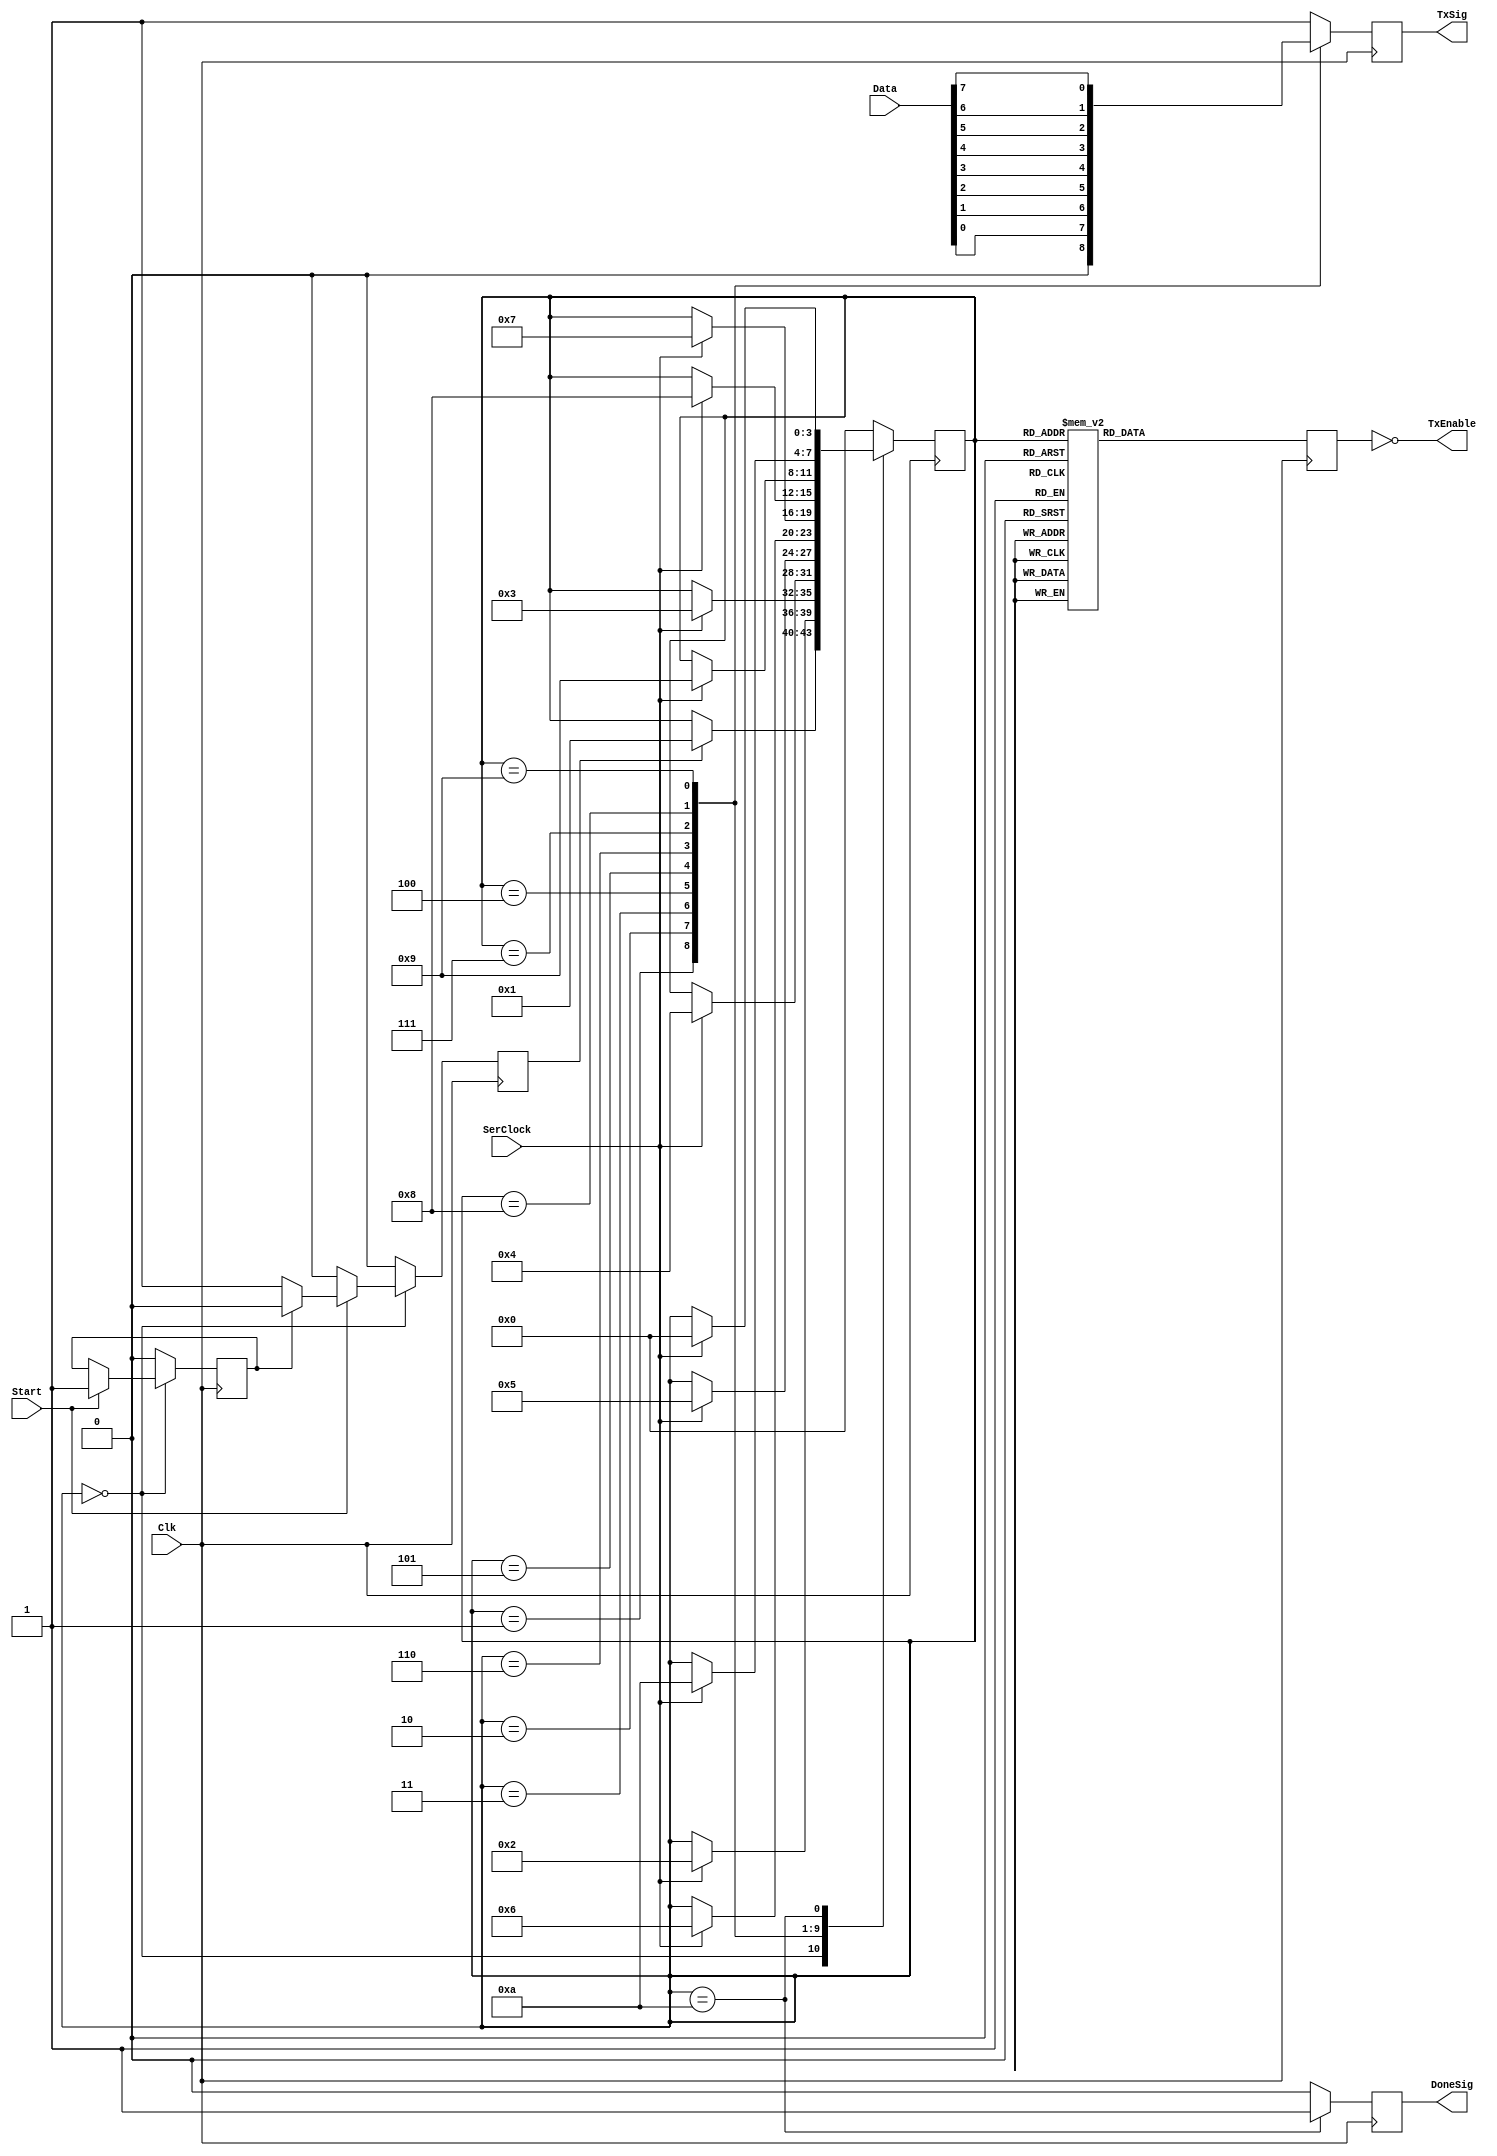
//Transmitter Module
module TxUart(Clk, SerClock, Start, Data, TxSig, TxEnable, DoneSig);

input Clk, SerClock, Start;
input [7:0]Data;

output TxSig;
output TxEnable;
output DoneSig;

reg Tx;
reg TxEnabler;
wire TxEnabling;
assign TxSig = Tx;
assign TxEnable = TxEnabling;
assign TxEnabling = ~TxEnabler;

reg Done;
assign DoneSig = Done;

reg [3:0]state;

reg Starter;
reg StarterDone;

//Ensure start signal is captured and not re-used



always @ (posedge Clk)
begin
	
	if (state == 4'b0000)
	begin
		if (Start == 1)
		begin
			if (StarterDone == 0)
			begin
				StarterDone <= 1;
				Starter <= 1;
			end
			else
				Starter <= 0;
		end
		else
		Starter <= 0;
	end
	
	else
	begin
		StarterDone <= 0;
		Starter <= 0;
	end
	

end

//FSM State Transition
always @ (posedge Clk)
begin

case (state)

	4'b0000: if (Starter) state <= 4'b0001; 		//Idle
	4'b0001: if (SerClock) state <= 4'b0010;	//Start Bit
	4'b0010: if (SerClock) state <= 4'b0011;	//Bit 1
	4'b0011: if (SerClock) state <= 4'b0100;	//Bit 2
	4'b0100: if (SerClock) state <= 4'b0101;	//Bit 3
	4'b0101: if (SerClock) state <= 4'b0110;	//Bit 4
	4'b0110: if (SerClock) state <= 4'b0111;	//Bit 5
	4'b0111: if (SerClock) state <= 4'b1000;	//Bit 6
	4'b1000: if (SerClock) state <= 4'b1001;	//Bit 7
	4'b1001: if (SerClock) state <= 4'b1010;	//Bit 8
	4'b1010: if (SerClock) state <= 4'b0000;	//Stop Bit
	
	default: state <= 4'b0000;
	
endcase

end


//FSM State Functionality
//Tx Assertions
always @ (posedge Clk)
begin

case (state)
	
	4'b0000: Tx <= 1; //Idle
	4'b0001: Tx <= 0;	//Start Bit //STR 0 0 1 1 0 0 1 0 1
	4'b0010: Tx <= Data[0];	//Bit 1
	4'b0011: Tx <= Data[1];	//Bit 2
	4'b0100: Tx <= Data[2];	//Bit 3
	4'b0101: Tx <= Data[3];	//Bit 4
	4'b0110: Tx <= Data[4];	//Bit 5
	4'b0111: Tx <= Data[5];	//Bit 6
	4'b1000: Tx <= Data[6];	//Bit 7
	4'b1001: Tx <= Data[7];	//Bit 8
	4'b1010: Tx <= 1;	//Stop Bit	
	default: Tx <= 1;
	
endcase
	
end

//Tx Enables
always @ (posedge Clk)
begin

case (state)
	
	4'b0000: TxEnabler <= 1; //Idle
	4'b0001: TxEnabler <= 0;	//Start Bit //STR 0 0 1 1 0 0 1 0 1
	4'b0010: TxEnabler <= 0;//Data[0];	//Bit 1
	4'b0011: TxEnabler <= 0;//Data[1];	//Bit 2
	4'b0100: TxEnabler <= 0;//Data[2];	//Bit 3
	4'b0101: TxEnabler <= 0;//Data[3];	//Bit 4
	4'b0110: TxEnabler <= 0;//Data[4];	//Bit 5
	4'b0111: TxEnabler <= 0;//Data[5];	//Bit 6
	4'b1000: TxEnabler <= 0;//Data[6];	//Bit 7
	4'b1001: TxEnabler <= 0;//Data[7];	//Bit 8
	4'b1010: TxEnabler <= 0;//1;	//Stop Bit	
	default: TxEnabler <= 1;
	
endcase
	
end
//Send Notification
always @ (posedge Clk)
begin

case (state)
	4'b0000: Done <= 0;
	4'b1010: Done <= 1;
	default: Done <= 0;
endcase;

end

endmodule

//Receiver Module
module RxUart(Clk, RxSig, Data, DoneSig, RxBusy);

input Clk;
input RxSig;

output [7:0]Data;
output DoneSig;
output RxBusy;

reg [7:0]DataIn;
reg [7:0]DataRdy;
assign Data[7:0] = DataRdy[7:0];

//Testing

reg Done = 0;
assign DoneSig = Done;

reg Busy;
assign RxBusy = Busy;

wire SerClock, SerHalf;
wire Rx;
assign Rx = RxSig;

reg Starter;

//Metronome Instantiation//

Metronome RxMetr0(Clk, SerClock, SerHalf, Starter);

//FSM
reg [3:0]state;

always @ (posedge Clk)
begin
	case (state)
	
	4'b0000:
	begin
	
	Done <= 0;
	if (Rx == 0)
	begin
		state <= 4'b0001;
		Starter <= 1;
	end
	else
	begin
		state <= 4'b0000;
		Starter <= 0;
	end
		
	end
	
	4'b0001:
	begin
	
	Starter <= 0;
	
	if (SerHalf)
	begin
		if (Rx == 1)
		state <= 4'b0000;
	end
	
	if (SerClock)
		state <= 4'b0010;
	
	end
	
	4'b0010:
	begin
	
	if (SerHalf)
		DataIn[0] <= Rx;
		
	if (SerClock)
		state <= 4'b0011;
	
	end
	
	4'b0011:
	begin
	
	if (SerHalf)
		DataIn[1] <= Rx;
		
	if (SerClock)
		state <= 4'b0100;
	
	end
	
	4'b0100:
	begin
	
	if (SerHalf)
		DataIn[2] <= Rx;
		
	if (SerClock)
		state <= 4'b0101;
	
	end
	
	4'b0101:
	begin
	
	if (SerHalf)
		DataIn[3] <= Rx;
		
	if (SerClock)
		state <= 4'b0110;
	
	end
	
	4'b0110:
	begin
	
	if (SerHalf)
		DataIn[4] <= Rx;
		
	if (SerClock)
		state <= 4'b0111;
	
	end
	
	4'b0111:
	begin
	
	if (SerHalf)
		DataIn[5] <= Rx;
		
	if (SerClock)
		state <= 4'b1000;
	
	end
	
	4'b1000:
	begin
	
	if (SerHalf)
		DataIn[6] <= Rx;
		
	if (SerClock)
		state <= 4'b1001;
	
	end
	
	4'b1001:
	begin
	
	if (SerHalf)
		DataIn[7] <= Rx;
		
	if (SerClock)
		state <= 4'b1010;
	
	end
	
	4'b1010:
	begin
	
	if (SerHalf)
	begin
		if (Rx == 0)
		begin
			state <= 4'b1111;
		end
		else
		begin
			Done <= 1;
			DataRdy <= DataIn;
			state <= 4'b1011;
		end
	end
	
	end
	
	4'b1011:
	begin
	Done <= 0;
	if (SerClock)
	begin
	
	state <= 4'b0000;
	
	end
	
	end
	
	4'b1100: //Currently not used
	begin
	
	Done <= 0;
	state <= 4'b0000;
	
	end
	
	4'b1111: //error state
	begin
	
	state <= 4'b0000; //010
	
	end
	
	default: state <= 4'b0000;
	endcase
end

always @ (posedge Clk)
begin

if (state == 4'b0000)
	Busy <= 0;
else
	Busy <= 1;

end

endmodule

//Metronome to create baud ticks
module Metronome(Clk, SerClock, SerHalf, Reset);

input Clk;
input Reset;
output SerClock, SerHalf;

reg [14:0]ClockDiv;
reg lReset = 0;
reg ResCheck = 0;
wire brate;
wire halfbrate;
reg SerHalfTick;

assign brate = (ClockDiv == 1735); //ClockDiv == 5207 OR 20831
assign halfbrate = (ClockDiv == 867); //ClockDiv == 2603 OR 10415

assign SerClock = brate;
assign SerHalf = halfbrate;

/*always @ (posedge Reset)
begin

lReset = 1;

end*/
always @ (negedge Clk)
begin

if (Reset == 1)
	begin
		if (ResCheck == 0)
		begin
			lReset <= 1;
			ResCheck <= 1;
		end
		else
			lReset <= 0;
	end
else
	begin
	ResCheck <= 0;
	lReset <= 0;
	end

end

always @ (posedge Clk)
begin

if (lReset == 0)
	begin
	if (ClockDiv == 1735)
		ClockDiv <= 0;
	else
		ClockDiv <= ClockDiv + 1;
	end
else
	begin
		ClockDiv <= 0;
	end

end

endmodule